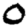
Digit: 0